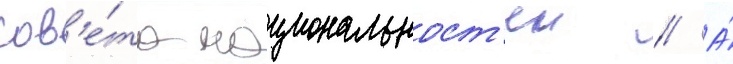
сов'е́та национальност'еи // А́